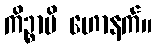
ကိဉ္စာပိ ဟောနက်။